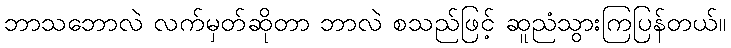
ဘာသဘောလဲ လက်မှတ်ဆိုတာ ဘာလဲ စသည်ဖြင့် ဆူညံသွားကြပြန်တယ်။